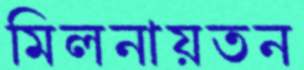
মিলনায়তন